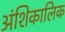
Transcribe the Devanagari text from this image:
अंशिकालिक